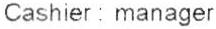
CASHIER : MANAGER